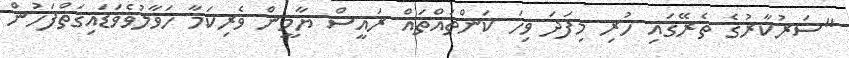
"ސަރުކާރުގެ ތެރޭގައި ހުރި މިފަދަ ވިހަ ކަންތައްތައް ރައީސް ޔާމީން ވެރިކަމާ ހަވާލުވެވަޑައިގަތްފަހުން